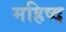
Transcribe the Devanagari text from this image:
महिष्द